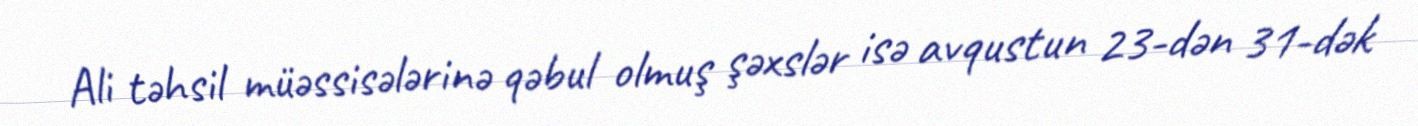
Ali təhsil müəssisələrinə qəbul olmuş şəxslər isə avqustun 23-dən 31-dək